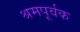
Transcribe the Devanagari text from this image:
श्रमपूर्वक